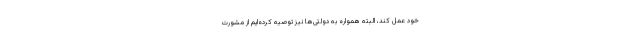
خود عمل کند، البته همواره به دولتی‌ها نیز توصیه کرده‌ایم از مشورت